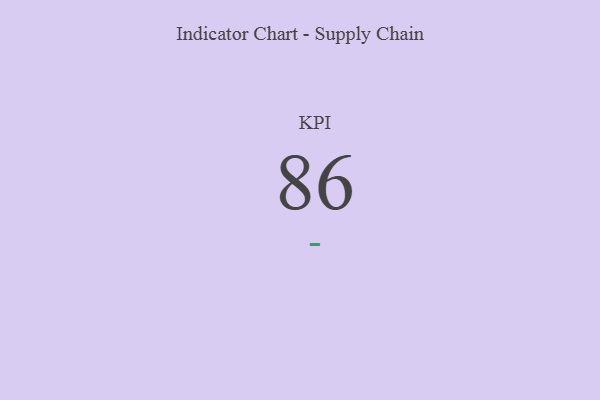
{"axis": {"x": "KPI", "y": "Value"}, "legend": [""], "data": [{"x": "KPI", "y": 86, "type": ""}]}